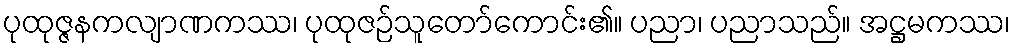
ပုထုဇ္ဇနကလျာဏကဿ၊ ပုထုဇဉ်သူတော်ကောင်း၏။ ပညာ၊ ပညာသည်။ အဋ္ဌမကဿ၊